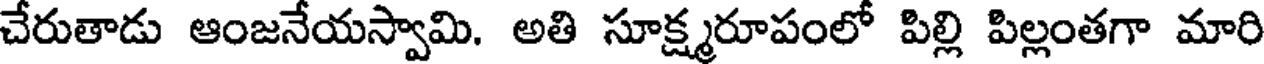
చేరుతాడు ఆంజనేయస్వామి. అతి సూక్ష్మరూపంలో పిల్లి పిల్లంతగా మారి